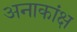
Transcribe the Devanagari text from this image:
अनाकांक्ष